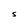
Character: S